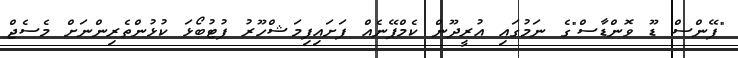
"ފޭންސް ޑޫ ވޮންޑާސް"ގެ ނަމުގައި އުރީދޫން ކެމްޕޭނެއް ފަށައިފިމަޝްހޫރު ފުޓުބޯޯޅަ ކުޅުންތެރިންނަށް މެސެޖް